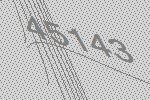
45143